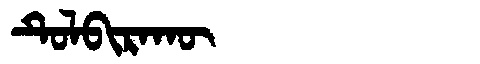
Manchu: ᡨᡠᠯᠪᡳᡵᠠᡴᡡ
Romanization: TULBIRAKŪ